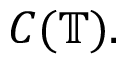
C ( \mathbb { T } ) .